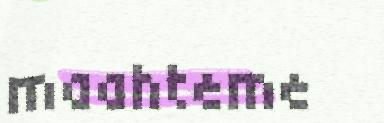
maahteme